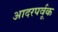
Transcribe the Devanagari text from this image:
आदरपर्वूक